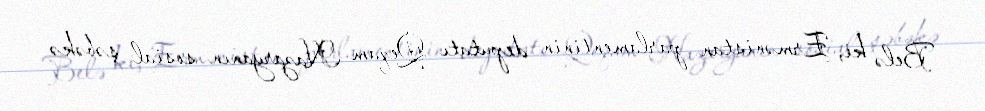
Belə ki, Ermənistan parlamentinin deputatı Qeqam Nazaryanın sosial şəbəkə